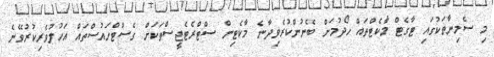
މި ސެމިނާތަކުގައި ޓާގެޓް މާކެޓްތައް ހޯދުމަށް ބޭނުންކުރެވިދާނެ މާކެޓިން ސްޓްރެޓެޖީސްތަކަށް ގެސްޓްހައުސްތައް އަހުލުވެރިކުރުވޭނެ